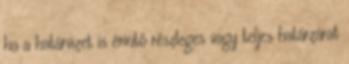
ha a határvizet is érintő részleges vagy teljes határzárat